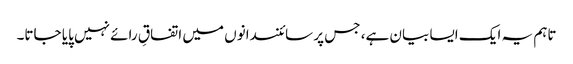
تاہم یہ ایک ایسا بیان ہے، جس پر سائنسدانوں میں اتفاقِ رائے نہیں پایا جاتا۔